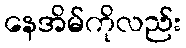
နေအိမ်ကိုလည်း